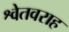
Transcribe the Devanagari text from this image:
श्वेतवराह